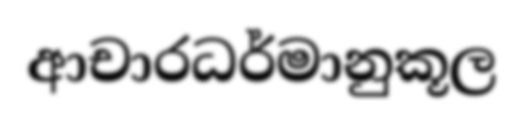
ආචාරධර්මානුකූල